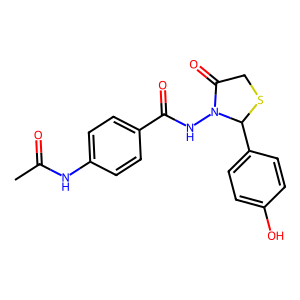
SMILES: CC(=O)Nc1ccc(C(=O)NN2C(=O)CSC2c2ccc(O)cc2)cc1
Inhibits HIV replication: No